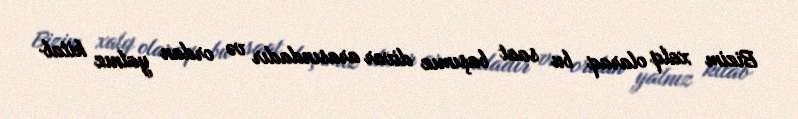
Bizim xalq olaraq bu saat başımız divar arasındadır və ordan yalnız kitab